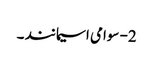
2- سوامی اسیمانند ۔